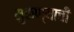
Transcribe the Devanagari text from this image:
मुकण्याची